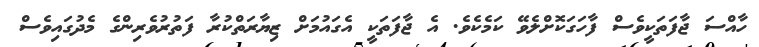
ހާއްސަ ޖާފަތަކީވެސް ފާހަގަކޮށްލެވޭ ކަމެކެވެ. އެ ޖާފަތަކީ އެގައުމަށް ޒިޔާރަތްކުރާ ފަތުރުވެރިންގެ މެދުގައިވެސް